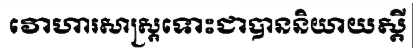
វោហារសាស្ត្រទោះជាបាននិយាយស្តី